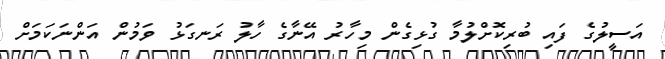
އަސީލުގެ ފައި ބުރިކޮށްލުމާ ގުޅިގެން މިހާރު އޭނާގެ ހާލު ރަނގަޅު ވަމުން އަންނަކަމަށް